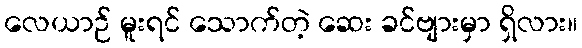
လေယာဉ် မူးရင် သောက်တဲ့ ဆေး ခင်ဗျားမှာ ရှိလား။